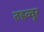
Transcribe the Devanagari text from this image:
तहव्वूर